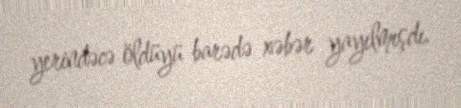
yerindəcə öldüyü barədə xəbər yayılmışdı.